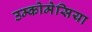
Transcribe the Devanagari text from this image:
उम्कोमेसिया